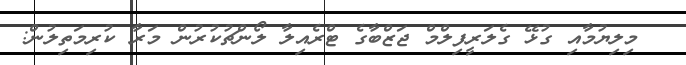
މިލިޔުމާއި ގުޅޭ ގެލަރީފިލްމް ޖަޒްބާގެ ޓްރެއިލާ ލޯންޗުކުރުން މަރާ ކުރިމަތިލުން: